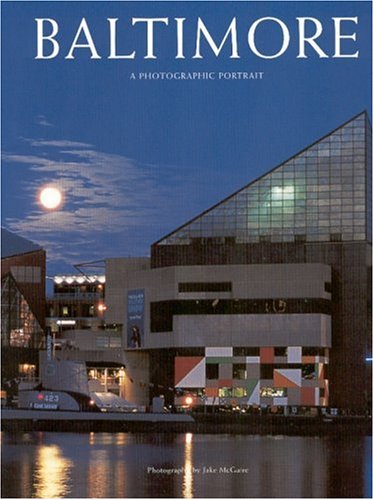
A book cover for Baltimore: A Photographic Portrait; Jake McGuire; Travel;